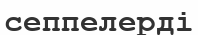
сеппелерді